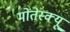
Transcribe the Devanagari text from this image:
मोंतेस्क्यू